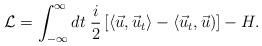
LaTeX: \begin{align*}\mathcal{L}= \int_{-\infty}^{\infty} dt\; {i\over 2} \left[\langle\vec{u}, \vec{u}_t\rangle- \langle\vec{u}_t,\vec{u}) \right] - H.\end{align*}